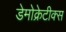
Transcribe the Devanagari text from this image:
डेमोक्रेटीक्स